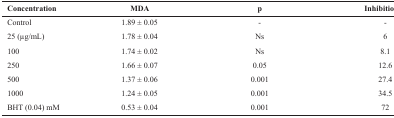
| Concentration | MDA | p | Inhibition% |
 | --- | --- | --- | --- |
 | Control | 1.89 ± 0.05 | - | - |
 | 25 (μg/mL) | 1.78 ± 0.04 | Ns | 6 |
 | 100 | 1.74 ± 0.02 | Ns | 8.1 |
 | 250 | 1.66 ± 0.07 | 0.05 | 12.6 |
 | 500 | 1.37 ± 0.06 | 0.001 | 27.4 |
 | 1000 | 1.24 ± 0.05 | 0.001 | 34.5 |
 | BHT (0.04) mM | 0.53 ± 0.04 | 0.001 | 72 |